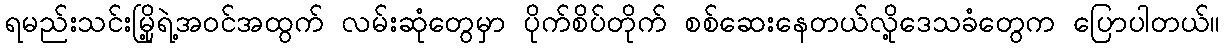
ရမည်းသင်းမြို့ရဲ့အဝင်အထွက် လမ်းဆုံတွေမှာ ပိုက်စိပ်တိုက် စစ်ဆေးနေတယ်လို့ဒေသခံတွေက ပြောပါတယ်။